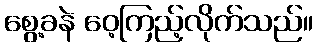
စွေ့ခနဲ ဝေ့ကြည့်လိုက်သည်။